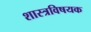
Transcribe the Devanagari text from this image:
शास्त्रविषयक